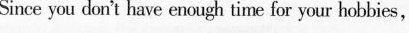
Since you don't have enough time for your hobbies,